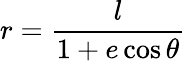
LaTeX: r={\frac{l}{1+e\cos\theta}}\,